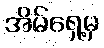
အိမ်ရှေ့မှ